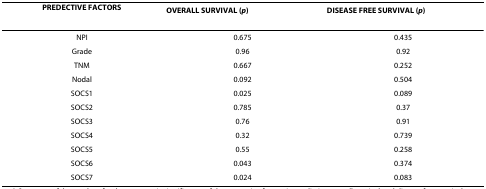
| PREDECTIVE FACTORS | OVERALL SURVIVAL (p) | DISEASE FREE SURVIVAL (p) |
 | --- | --- | --- |
 | NPI | 0.675 | 0.435 |
 | Grade | 0.96 | 0.92 |
 | TNM | 0.667 | 0.252 |
 | Nodal | 0.092 | 0.504 |
 | SOCS1 | 0.025 | 0.089 |
 | SOCS2 | 0.785 | 0.37 |
 | SOCS3 | 0.76 | 0.91 |
 | SOCS4 | 0.32 | 0.739 |
 | SOCS5 | 0.55 | 0.258 |
 | SOCS6 | 0.043 | 0.374 |
 | SOCS7 | 0.024 | 0.083 |